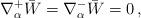
LaTeX: \begin{align*} \nabla^+_\alpha\bar W = \nabla^-_\alpha\bar W = 0\,,\end{align*}